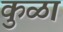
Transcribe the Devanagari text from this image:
कुळा